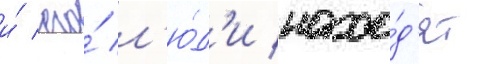
и́ его́ л'ю́д'и нахо́д'ят